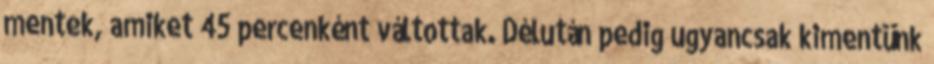
mentek, amiket 45 percenként váltottak. Délután pedig ugyancsak kimentünk